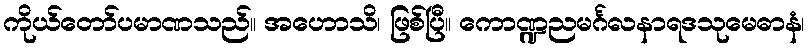
ကိုယ်တော်ပမာဏသည်။ အဟောသိ၊ ဖြစ်ပြီ။ ကောဏ္ဍညမင်္ဂလနာရဒသုမေဓာနံ၊